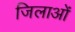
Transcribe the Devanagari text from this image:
जिलाओं